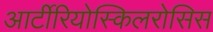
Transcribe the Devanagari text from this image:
आर्टीरियोस्किलरोसिस